Calcutta medical institutions reports 1879-81 [i.e.91]
Year: 1879
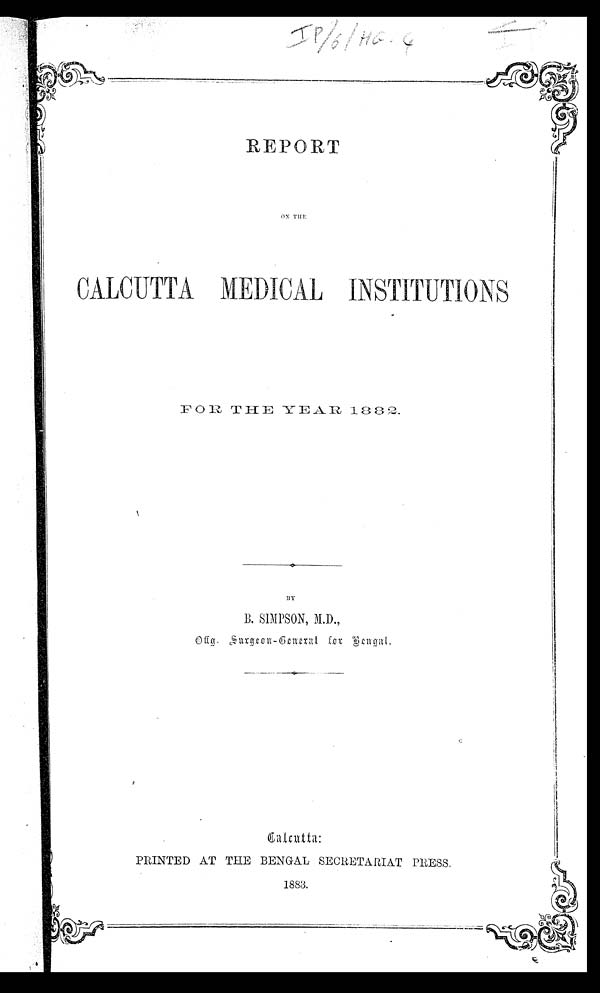
REPORT
ON THE
CALCUTTA MEDICAL INSTITUTIONS
F O R
T H E
Y E
A R
1 8 8 2 .
.
BY
B. SIMPSON, M.D.,
O f f g . S u r g e o n - G e n e r a l f o r
B e n g a l
.
CalCutta:
PRINTED AT THE BENGAL SECRETARIAT PRESS.
1883.